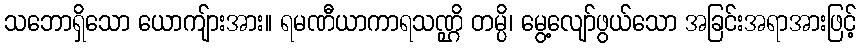
သဘောရှိသော ယောကျ်ားအား။ ရမဏီယာကာရသဏ္ဌိ တမ္ပိ၊ မွေ့လျော်ဖွယ်သော အခြင်းအရာအားဖြင့်